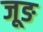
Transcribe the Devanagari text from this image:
जूङ